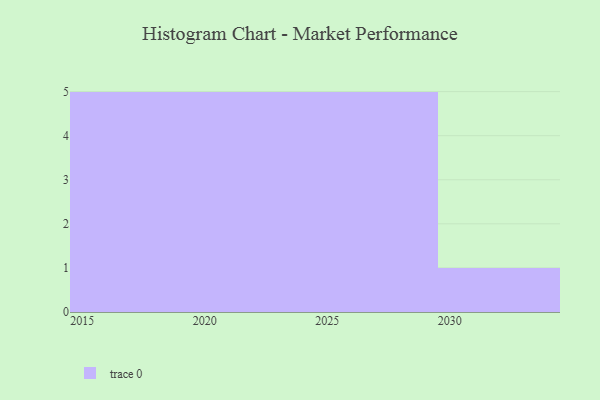
{"axis": {"x": "Year", "y": "Churn Rate (%)"}, "legend": [""], "data": [{"x": "2022", "y": 66, "type": ""}, {"x": "2016", "y": 39, "type": ""}, {"x": "2023", "y": 21, "type": ""}, {"x": "2025", "y": 91, "type": ""}, {"x": "2028", "y": 15, "type": ""}, {"x": "2024", "y": 68, "type": ""}, {"x": "2026", "y": 77, "type": ""}, {"x": "2018", "y": 1, "type": ""}, {"x": "2020", "y": 63, "type": ""}, {"x": "2030", "y": 74, "type": ""}, {"x": "2029", "y": 65, "type": ""}, {"x": "2015", "y": 84, "type": ""}, {"x": "2021", "y": 85, "type": ""}, {"x": "2027", "y": 8, "type": ""}, {"x": "2017", "y": 100, "type": ""}, {"x": "2019", "y": 44, "type": ""}]}